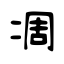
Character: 凋